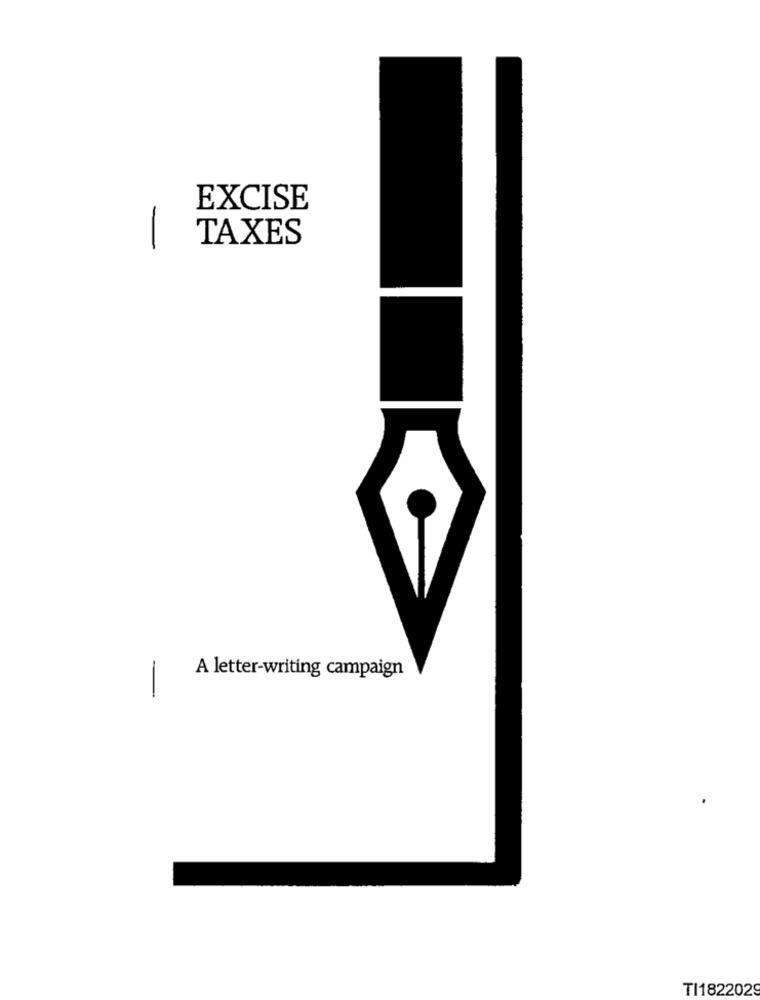
EXCISE
-
TAXES
A letter-writing campaign
-
TI1822029